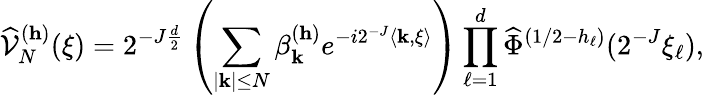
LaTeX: \widehat{\mathcal{V}}_{N}^{(\mathbf{h})}(\xi)=2^{-J\frac{d}{2}}\left(\sum_{|\mathbf{k}|\leq N}\beta_{\mathbf{k}}^{(\mathbf{h})}e^{-i2^{-J}\langle\mathbf{k},\xi\rangle}\right)\prod_{\ell=1}^{d}\widehat{\Phi}^{(1/2-h_{\ell})}(2^{-J}\xi_{\ell}),